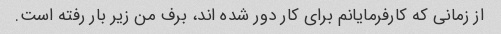
از زمانی که کارفرمایانم برای کار دور شده اند، برف من زیر بار رفته است.